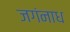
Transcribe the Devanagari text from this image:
जगंनाध